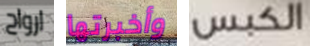
ارواح وأخبرتها الكبس